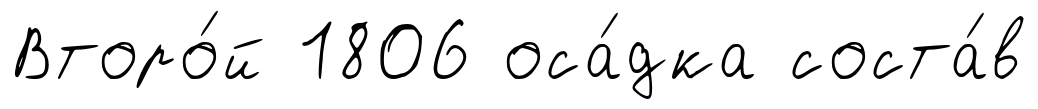
Второ́й 1806 оса́дка соста́в